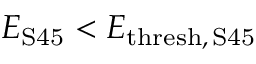
E _ { \mathrm { S 4 5 } } < E _ { \mathrm { t h r e s h , \, S 4 5 } }